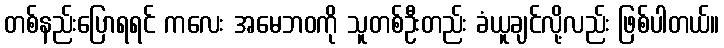
တစ်နည်းပြောရရင် ကလေး အမေဘဝကို သူတစ်ဦးတည်း ခံယူချင်လို့လည်း ဖြစ်ပါတယ်။